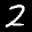
Label: 2